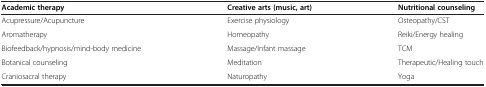
<table><thead><tr><td><b>Academic therapy</b></td><td><b>Creative arts (music, art)</b></td><td><b>Nutritional counseling</b></td></tr></thead><tbody><tr><td>Acupressure/Acupuncture</td><td>Exercise physiology</td><td>Osteopathy/CST</td></tr><tr><td>Aromatherapy</td><td>Homeopathy</td><td>Reiki/Energy healing</td></tr><tr><td>Biofeedback/hypnosis/mind-body medicine</td><td>Massage/Infant massage</td><td>TCM</td></tr><tr><td>Botanical counseling</td><td>Meditation</td><td>Therapeutic/Healing touch</td></tr><tr><td>Craniosacral therapy</td><td>Naturopathy</td><td>Yoga</td></tr></tbody></table>